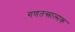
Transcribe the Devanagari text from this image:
गणतन्त्रात्मक